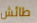
طائش